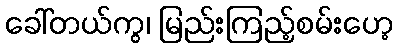
ခေါ်တယ်ကွ၊ မြည်းကြည့်စမ်းဟေ့